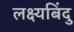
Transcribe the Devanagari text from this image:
लक्ष्यबिंदु